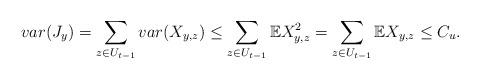
LaTeX: \begin{align*}var(J_y) = \sum_{z\in U_{t-1}}var(X_{y,z}) \leq \sum_{z \in U_{t-1}} \mathbb{E}X^2_{y,z} = \sum_{z \in U_{t-1}} \mathbb{E}X_{y,z} \leq C_u.\end{align*}